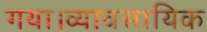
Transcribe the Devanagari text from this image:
गया।व्यावसायिक